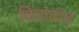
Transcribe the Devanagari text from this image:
विवादांत